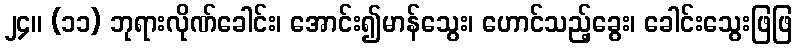
၂၄။ (၁၁) ဘုရားလိုဏ်ခေါင်း၊ အောင်း၍မာန်သွေး၊ ဟောင်သည့်ခွေး၊ ခေါင်းသွေးဖြဖြ